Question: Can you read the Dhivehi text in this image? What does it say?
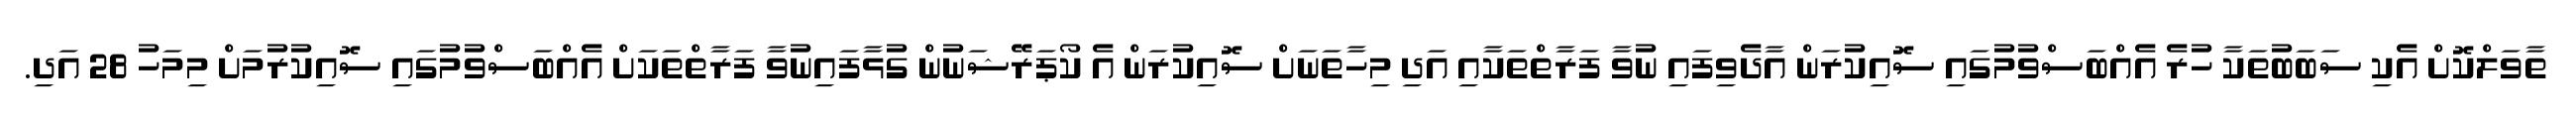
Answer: ތާވަލްކޮށް އެކި ސަބަބުތަކާ ހުރެ އެއްބަސްވުމުގައި ސޮއިކުރަން އާދެވިފައި ނުވާ ފަރާތްތަކާއި އަދި މިހާތަނަށް ސޮއިކުރަން އެ ކޯޕަރޭޝަނުން ގުޅާފައިނުވާ ފަރާތްތަކަށް އެއްބަސްވުމުގައި ސޮއިކުރުމަށް މިމަހު 28 އަދި.